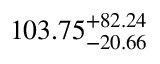
1 0 3 . 7 5 _ { - 2 0 . 6 6 } ^ { + 8 2 . 2 4 }